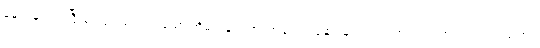
မှောင်မိုက်၍ ငြီးငွေ့ဖွယ်ကောင်းသော အိမ်ကလေး၏ အချုပ်အနှောင်မှ ကင်းလွတ်လျက် ဤလဟာပြင်ထဲတွင်